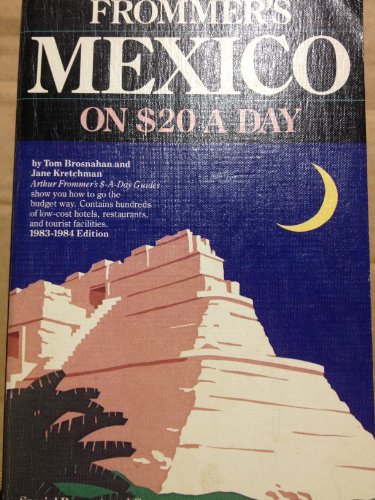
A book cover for Mexico on 20 Dollars a Day 1983-84 (City Guides); Travel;